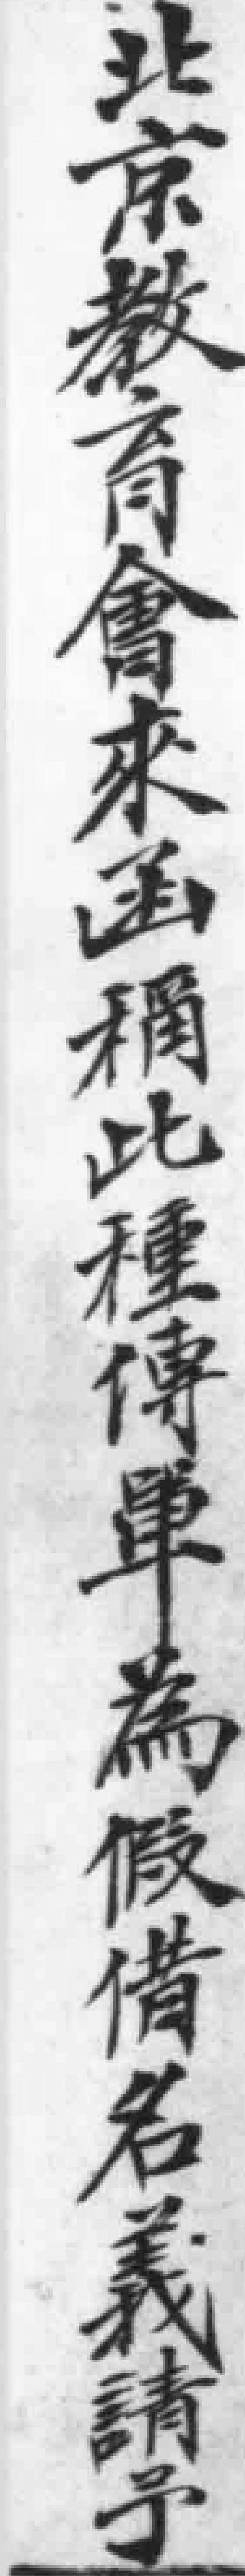
北京教育會來函稱此種傳單為假借名義請予